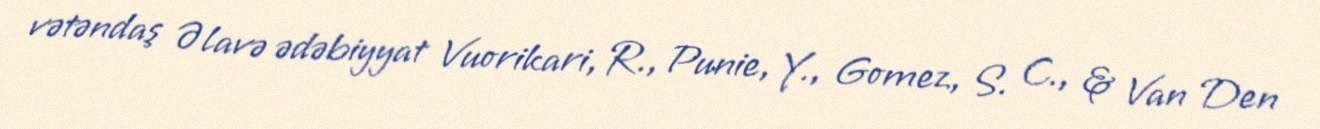
vətəndaş Əlavə ədəbiyyat Vuorikari, R., Punie, Y., Gomez, S. C., & Van Den